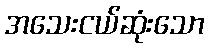
အသေးငယ်ဆုံးသော